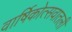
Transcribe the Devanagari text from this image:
वार्षिकोत्सवातली